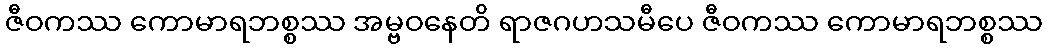
ဇီဝကဿ ကောမာရဘစ္စဿ အမ္ဗဝနေတိ ရာဇဂဟသမီပေ ဇီဝကဿ ကောမာရဘစ္စဿ